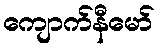
ကျောက်နီမော်